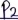
Text: P2